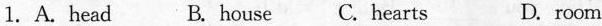
1. A.Head B.House C. Hearts D. Room